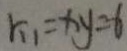
k _ { 1 } = x y = - 6